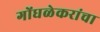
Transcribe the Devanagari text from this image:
गोंधळेकरांचा